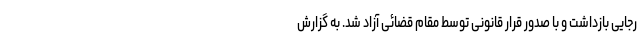
رجایی بازداشت و با صدور قرار قانونی توسط مقام قضائی آزاد شد. به گزارش